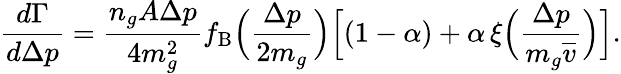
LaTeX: \frac{d\Gamma}{d\Delta p}=\frac{n_{g}A\Delta p}{4m_{g}^{2}}f_{\mathrm{B}}\Big(\frac{\Delta p}{2m_{g}}\Big)\Big[(1-\alpha)+\alpha\, \xi\Big(\frac{\Delta p}{m_{g}\overline{{v}}}\Big)\Big].